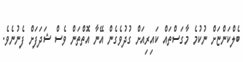
ބެލްކަންޏަށް ނުކުމެ މާގަސްތައް ކައިރިއަށް ގުދުވެގެން އޭނާ އޮތްތަން ވެސް ޝަދަފަށް ފެނުނެވެ.